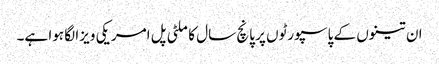
ان تینوں کے پاسپورٹوں پر پانچ سال کا ملٹی پل امریکی ویزا لگا ہوا ہے۔